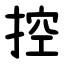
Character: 控